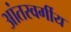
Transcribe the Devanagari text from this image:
आंतरवर्गीय